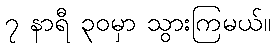
၇ နာရီ ၃၀မှာ သွားကြမယ်။